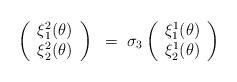
LaTeX: \begin{align*}\left(\begin{array}{c}\xi_1^2(\theta)\\\xi_2^2(\theta)\\\end{array}\right)~=~\sigma_3\left(\begin{array}{c}\xi_1^1(\theta)\\\xi_2^1(\theta)\\\end{array}\right)\end{align*}